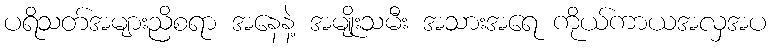
ပရိသတ်အများညိစရာ အနေနဲ့ အမျိုးသမီး အသားအရေ ကိုယ်ကာယအလှအပ